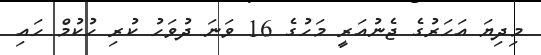
މިދިޔަ އަހަރުގެ ޖެނުއަރީ މަހުގެ 16 ވަނަ ދުވަހު ކުރި ހުކުމް ހައި